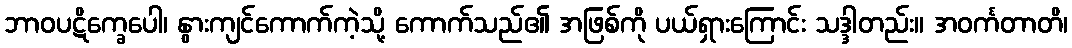
ဘာဝပဋိက္ခေပေါ၊ နွားကျင်ကောက်ကဲ့သို့ ကောက်သည်၏ အဖြစ်ကို ပယ်ရှားကြောင်း သဒ္ဒါတည်း။ အဝင်္ကတာတိ၊